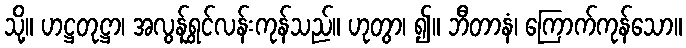
သို့။ ဟဋ္ဌတုဋ္ဌာ၊ အလွန်ရွှင်လန်းကုန်သည်။ ဟုတွာ၊ ၍။ ဘီတာနံ၊ ကြောက်ကုန်သော။